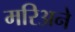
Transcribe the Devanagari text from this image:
मरिअने